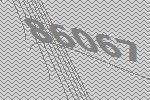
86067